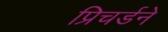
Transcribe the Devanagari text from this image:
प्रिचर्डने